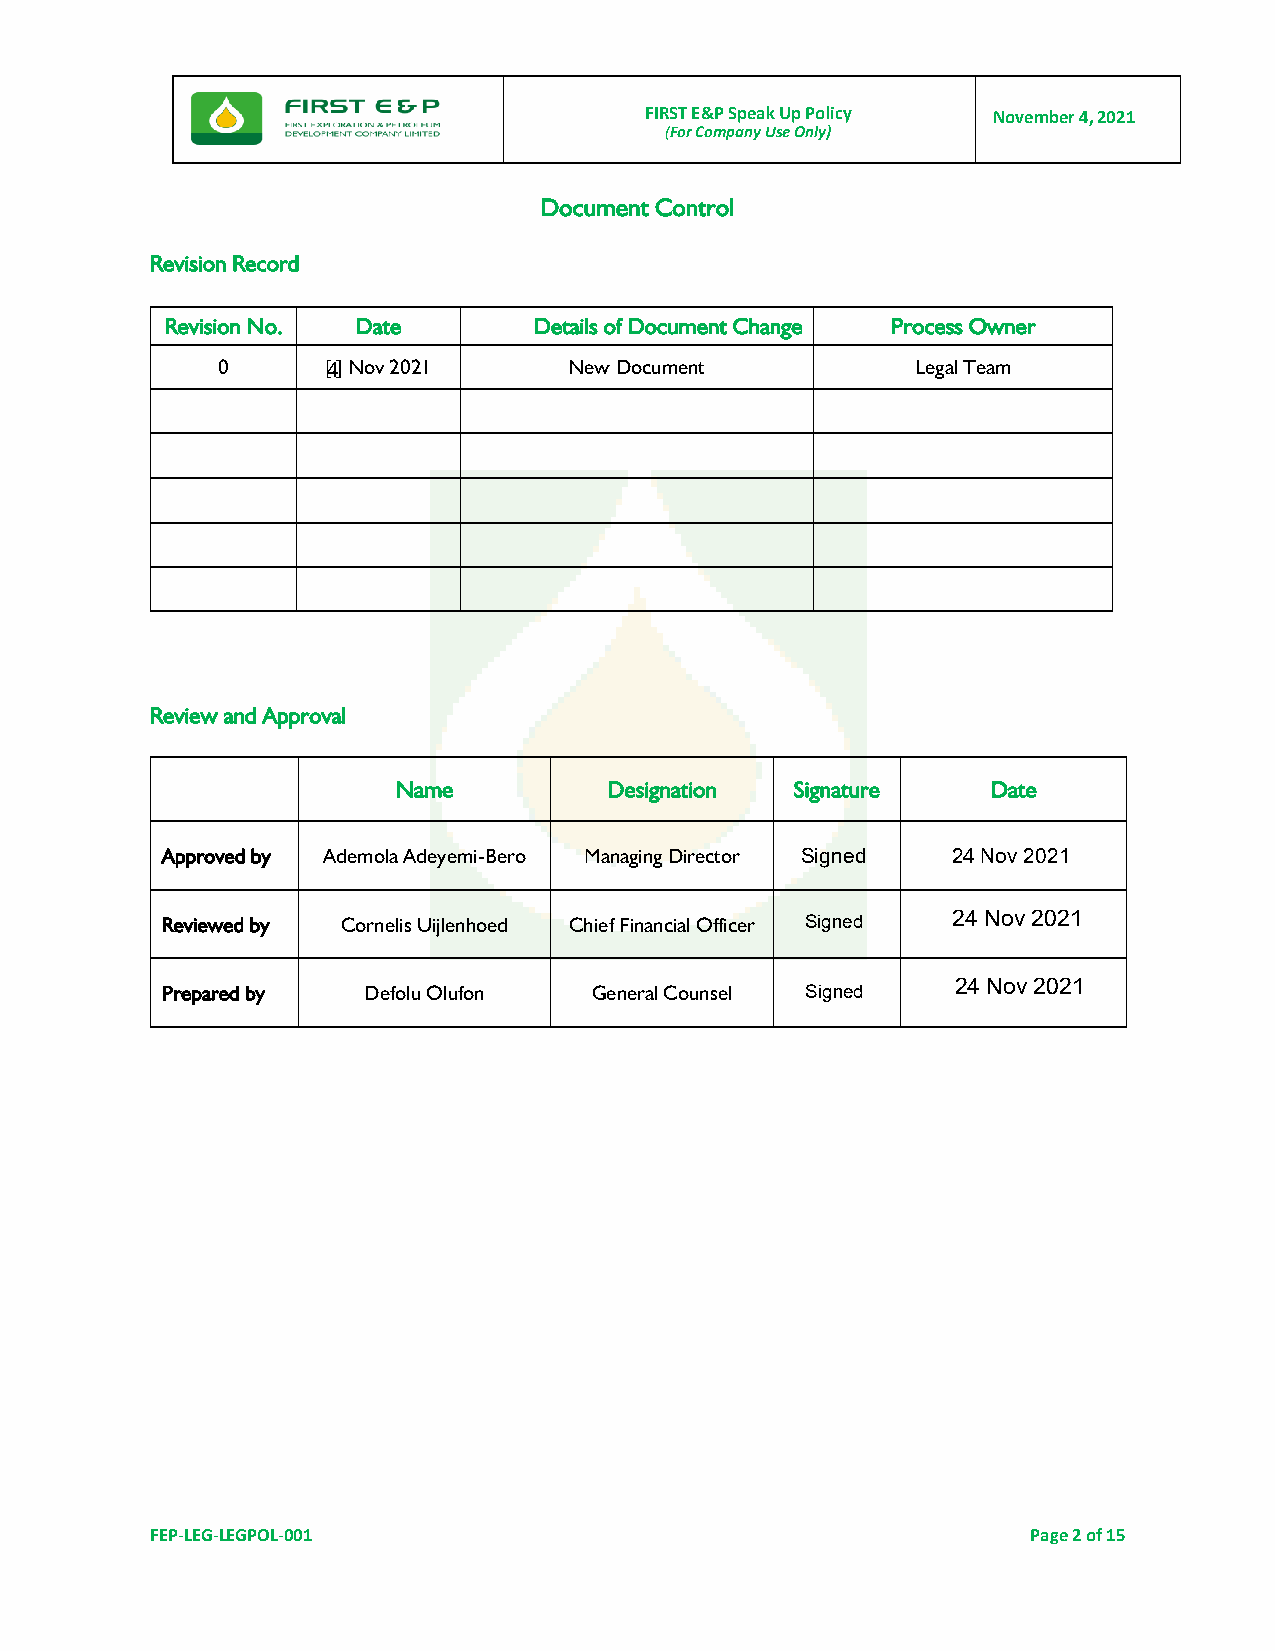
FIRST E&P Speak Up Policy November 4, 2021
 (For Company Use Only)
 Document Control
 Revision Record
 Revision No. Date       Details of Document Change Process Owner
 0      [4.] Nov 2021    New Document           Legal Team
 Review and Approval
 Name          Designation  Signature    Date
 Approved by Ademola Adeyemi-Bero Managing Director Sign ed 24 Nov 2021
 Reviewed by Cornelis Uijlenhoed Chief Financial Officer Sign ed 24 Nov 2021
 Prepared by  Defolu Olufon  General Counsel Sign ed 24 No v 2021
 FEP-LEG-LEGPOL-001                                        Page 2 of 15